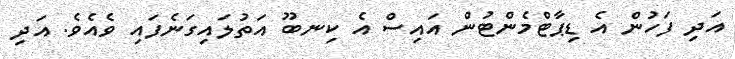
އަދި ފަހުން އެ ޑިޕާޓްމެންޓުން އައިސް އެ ކިނބޫ އަތުލައިގަނެފައި ވެއެވެ. އަދި